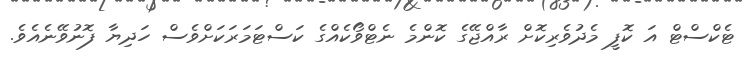
ޓެކްސްޓް އަ ކޮފީ މެދުވެރިކޮށް ރާއްޖޭގެ ކޮންމެ ނެޓްވޯކެއްގެ ކަސްޓަމަރަކަށްވެސް ހަދިޔާ ފޮނުވޭނެއެވެ.